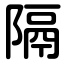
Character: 隔